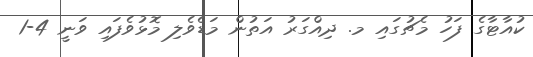
ކުއާޓާގެ ފަހު މެޗުގައި މ. ދިއްގަރު އަތުން މަޑެވެލި މޮޅުވެފައި ވަނީ 4-1